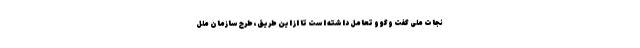
نجات ملی گفت وگو و تعامل داشته است تا از این طریق، طرح سازمان ملل